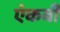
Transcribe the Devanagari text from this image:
एंकवी